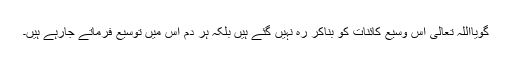
گویااللہ تعالیٰ اس وسیع کائنات کو بناکر رہ نہیں گئے ہیں بلکہ ہر دم اس میں توسیع فرماتے جارہے ہیں۔